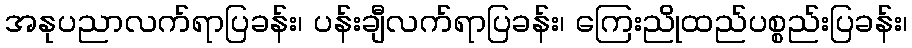
အနုပညာလက်ရာပြခန်း၊ ပန်းချီလက်ရာပြခန်း၊ ကြေးညိုထည်ပစ္စည်းပြခန်း၊